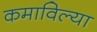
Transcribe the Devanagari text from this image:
कमाविल्या